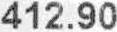
412.90